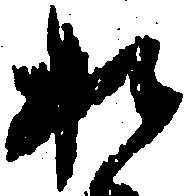
お